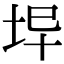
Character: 𡊈